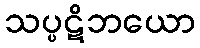
သပ္ပဋိဘယော